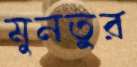
মুনতুর